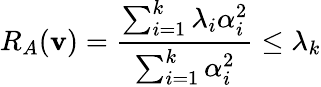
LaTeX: R_{A}(\mathbf{v})={\frac{{\sum_{i=1}^{k}\lambda_{i}\alpha_{i}^{2}}}{{\sum_{i=1}^{k}\alpha_{i}^{2}}}}\leq\lambda_{k}